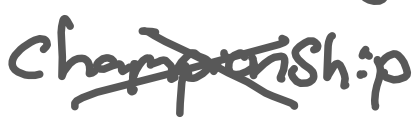
Text: championship
Cross-out: cross
Writing tool: digital_gray